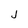
Character: j